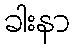
ခါးနာ